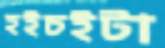
হইচইটা